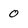
Character: 0